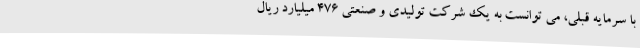
با سرمایه قبلی، می توانست به یک شرکت تولیدی و صنعتی 476 میلیارد ریال